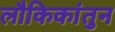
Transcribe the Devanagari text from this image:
लौकिकांतुन